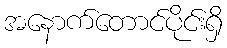
အနောက်တောင်ပိုင်းရှိ